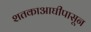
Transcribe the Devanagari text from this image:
शतकाआघीपासून